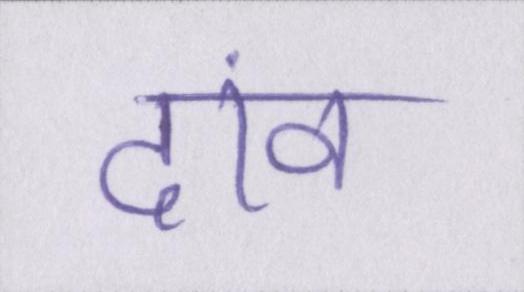
दांव